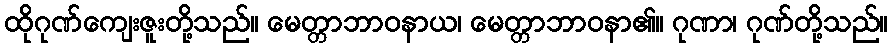
ထိုဂုဏ်ကျေးဇူးတို့သည်။ မေတ္တာဘာဝနာယ၊ မေတ္တာဘာဝနာ၏။ ဂုဏာ၊ ဂုဏ်တို့သည်။